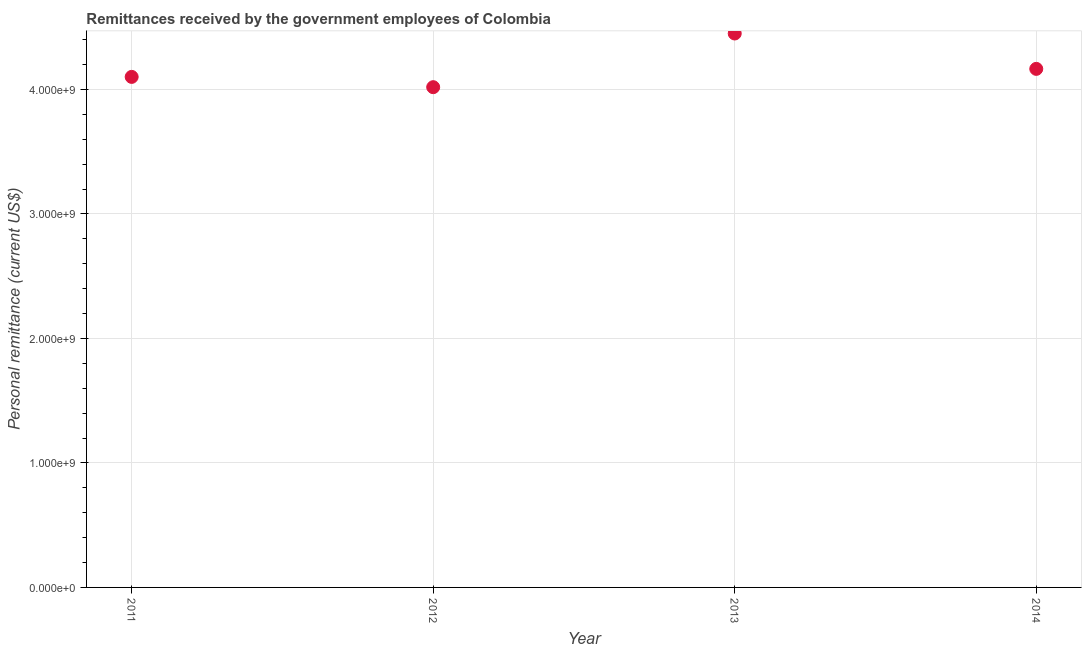
| Year | Personal remittances |
 | --- | --- |
 | 2011 | 4.1e+09 |
 | 2012 | 4.02e+09 |
 | 2013 | 4.45e+09 |
 | 2014 | 4.17e+09 |